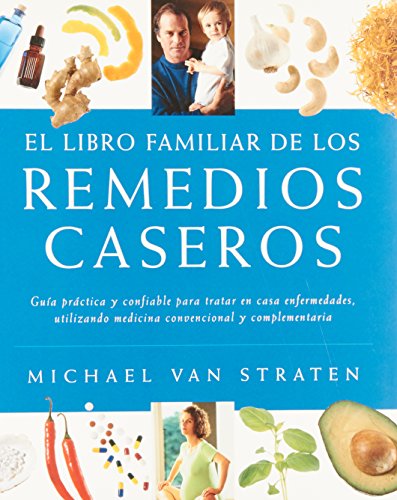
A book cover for El libro familiar de los remedios caseros (Spanish Edition); Michael Van Staten; Health, Fitness & Dieting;